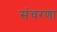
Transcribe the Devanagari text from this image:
संचरणा